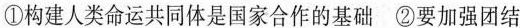
①构建人类命运共同体是国家合作的基础 ②要加强团结